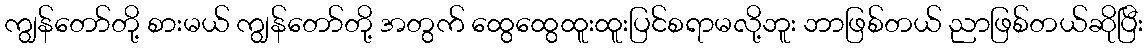
ကျွန်တော်တို့ စားမယ် ကျွန်တော်တို့ အတွက် ထွေထွေထူးထူးပြင်စရာမလို့ဘူး ဘာဖြစ်တယ် ညာဖြစ်တယ်ဆိုပြီး